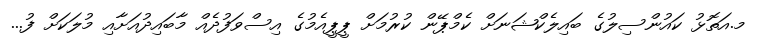
މ.އަތޮޅު ކައުންސިލުގެ ބައިލެކްޝަނަށް ކެމްޕޭން ކުރުމަށް ޕީޕީއެމުގެ އިސްވަފުދެއް މާބައިދުއަށާއި މުލަކަށް ފު...